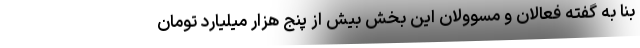
بنا به گفته فعالان و مسوولان این بخش بیش از پنج هزار میلیارد تومان